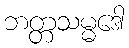
ဘတ္တသမ္မဒေါ